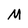
Character: M